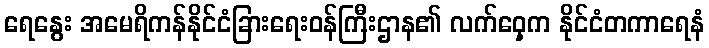
ရေနွေး အမေရိကန်နိုင်ငံခြားရေးဝန်ကြီးဌာန၏ လက်ဝှေ့က နိုင်ငံတကာရေနံ